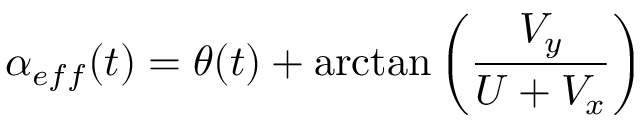
\alpha _ { e f f } ( t ) = \theta ( t ) + \arctan \left( \frac { V _ { y } } { U + V _ { x } } \right)